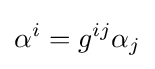
\alpha ^{i}=g^{ij}\alpha _{j}